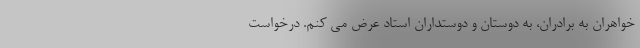
خواهران به برادران، به دوستان و دوستداران استاد عرض می کنم. درخواست